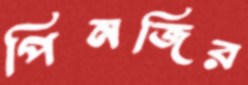
পিনজির